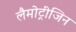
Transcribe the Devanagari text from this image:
लैमोट्रीजिन